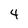
Character: 4